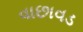
વાછાવડ